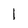
Character: 1